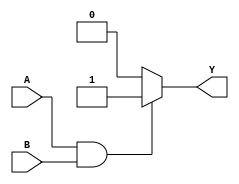
module AND_gate (output reg Y, input A, B);
always @ (A or B) begin
    if (A == 1'b1 & B == 1'b1) begin
        Y = 1'b1;
    end
    else 
        Y = 1'b0; 
end
endmodule